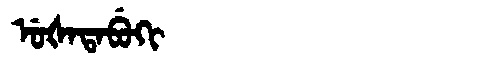
Manchu: ᡠᡧᠠᡨᠠᠪᡠᡴᡳ
Romanization: UŠATABUKI